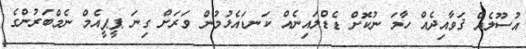
އުސޫލެއް ޤަވާއިދެއް ހާމަ ނުކޮށް ޑެޑްލައިނެއް ކަނޑައެޅުމުން ވަރަށް ގިނަ ޕީޕީއެމް ނެމްބަރުންގެ